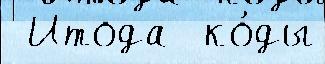
 Итода  ко́ды